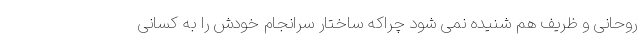
روحانی و ظریف هم شنیده نمی شود چراکه ساختار سرانجام خودش را به کسانی